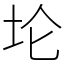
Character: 𫭢